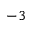
^ { - 3 }